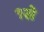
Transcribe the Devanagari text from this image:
१से